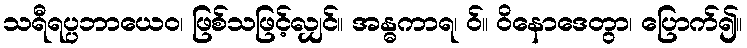
သရီရပ္ပဘာယေဝ၊ ဖြစ်သဖြင့်လျှင်။ အန္ဓကာရ၊ ဝ်။ ဝိနောဒေတွာ၊ ပြောက်၍။